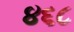
૪૬૮